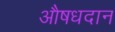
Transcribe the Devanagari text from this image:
औषधदान